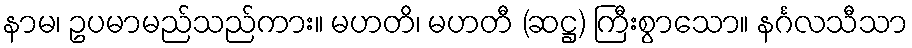
နာမ၊ ဥပမာမည်သည်ကား။ မဟတိ၊ မဟတီ (ဆဋ္ဌ) ကြီးစွာသော။ နင်္ဂလသီသာ